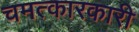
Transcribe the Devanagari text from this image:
चमत्कारकारी